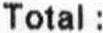
TOTAL :